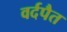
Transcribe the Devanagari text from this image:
वर्दपैत